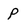
Character: P